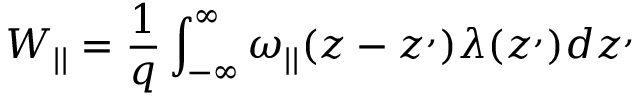
W _ { | | } = \frac { 1 } { q } \int _ { - \infty } ^ { \infty } \omega _ { | | } ( z - z ^ { , } ) \lambda ( z ^ { , } ) d z ^ { , }